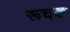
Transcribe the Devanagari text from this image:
रूचक